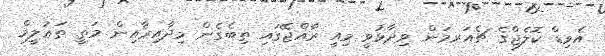
އެވިޑް ކޮލެޖްގެ ޗެއަރމަން ވިދާޅުވީ މިއީ ރާއްޖޭގައި ތިބެގެން މިދާއިރާއިން މަތީ ތަޢުލީމް